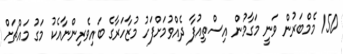
150 މެމްބަރުން ވަނީ މަގާމުން އިސްތިއުފާ ދެއްވުމަށްފަހު މުޒާހަރާގެ ބައިވެރިންނާއެކު މަގު މައްޗަށް